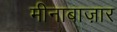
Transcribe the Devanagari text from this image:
मीनाबाज़ार